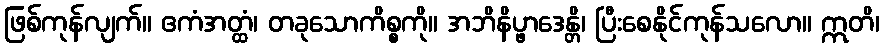
ဖြစ်ကုန်လျက်။ ဧကံအတ္ထံ၊ တခုသောကိစ္စကို။ အဘိနိပ္ဖာဒေန္တိ၊ ပြီးစေနိုင်ကုန်သလော။ ဣတိ၊